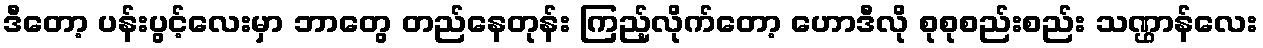
ဒီတော့ ပန်းပွင့်လေးမှာ ဘာတွေ တည်နေတုန်း ကြည့်လိုက်တော့ ဟောဒီလို စုစုစည်းစည်း သဏ္ဌာန်လေး